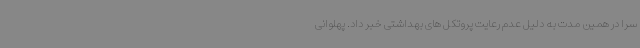
سرا در همین مدت به دلیل عدم رعایت پروتکل های بهداشتی خبر داد. پهلوانی